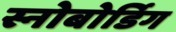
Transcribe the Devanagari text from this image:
स्नोबोर्डिग